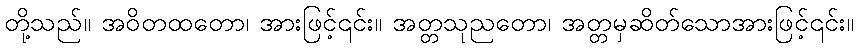
တို့သည်။ အဝိတထတော၊ အားဖြင့်၎င်း။ အတ္တသုညတော၊ အတ္တမှဆိတ်သောအားဖြင့်၎င်း။